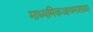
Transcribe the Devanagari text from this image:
माध्यमिकआश्रमशाळा